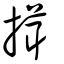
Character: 搑